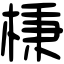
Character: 棅